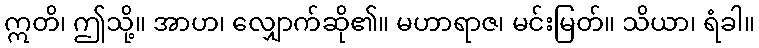
ဣတိ၊ ဤသို့။ အာဟ၊ လျှောက်ဆို၏။ မဟာရာဇ၊ မင်းမြတ်။ သိယာ၊ ရံခါ။